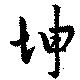
坤